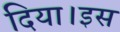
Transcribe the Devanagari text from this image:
दिया।इस